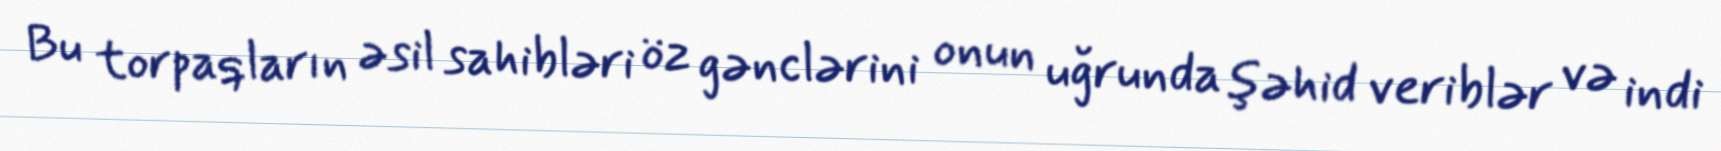
Bu torpaqların əsil sahibləri öz gənclərini onun uğrunda şəhid veriblər və indi